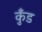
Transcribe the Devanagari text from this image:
कुँड